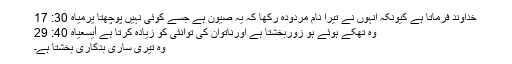
خداوند فرماتا ہے کیونکہ اُنہوں نے تیرا نام مُردودہ رکھا کہ یہ صیون ہے جسے کوئی نہیں پوچھتا یرمیاہ 30: 17
وہ تھکے ہوئے ہو زوربخشتا ہے اورناتوان کی توانئی کو زیادہ کرتا ہے أیسعیاہ 40: 29
وہ تیری ساری بدکاری بخشتا ہے۔